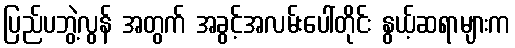
ပြည်ပဘွဲ့လွန် အတွက် အခွင့်အလမ်းပေါ်တိုင်း နွယ့်ဆရာများက